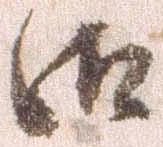
御